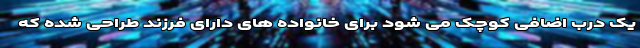
یک درب اضافی کوچک می شود برای خانواده های دارای فرزند طراحی شده که